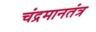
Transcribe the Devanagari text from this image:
चंद्रमानतंत्र